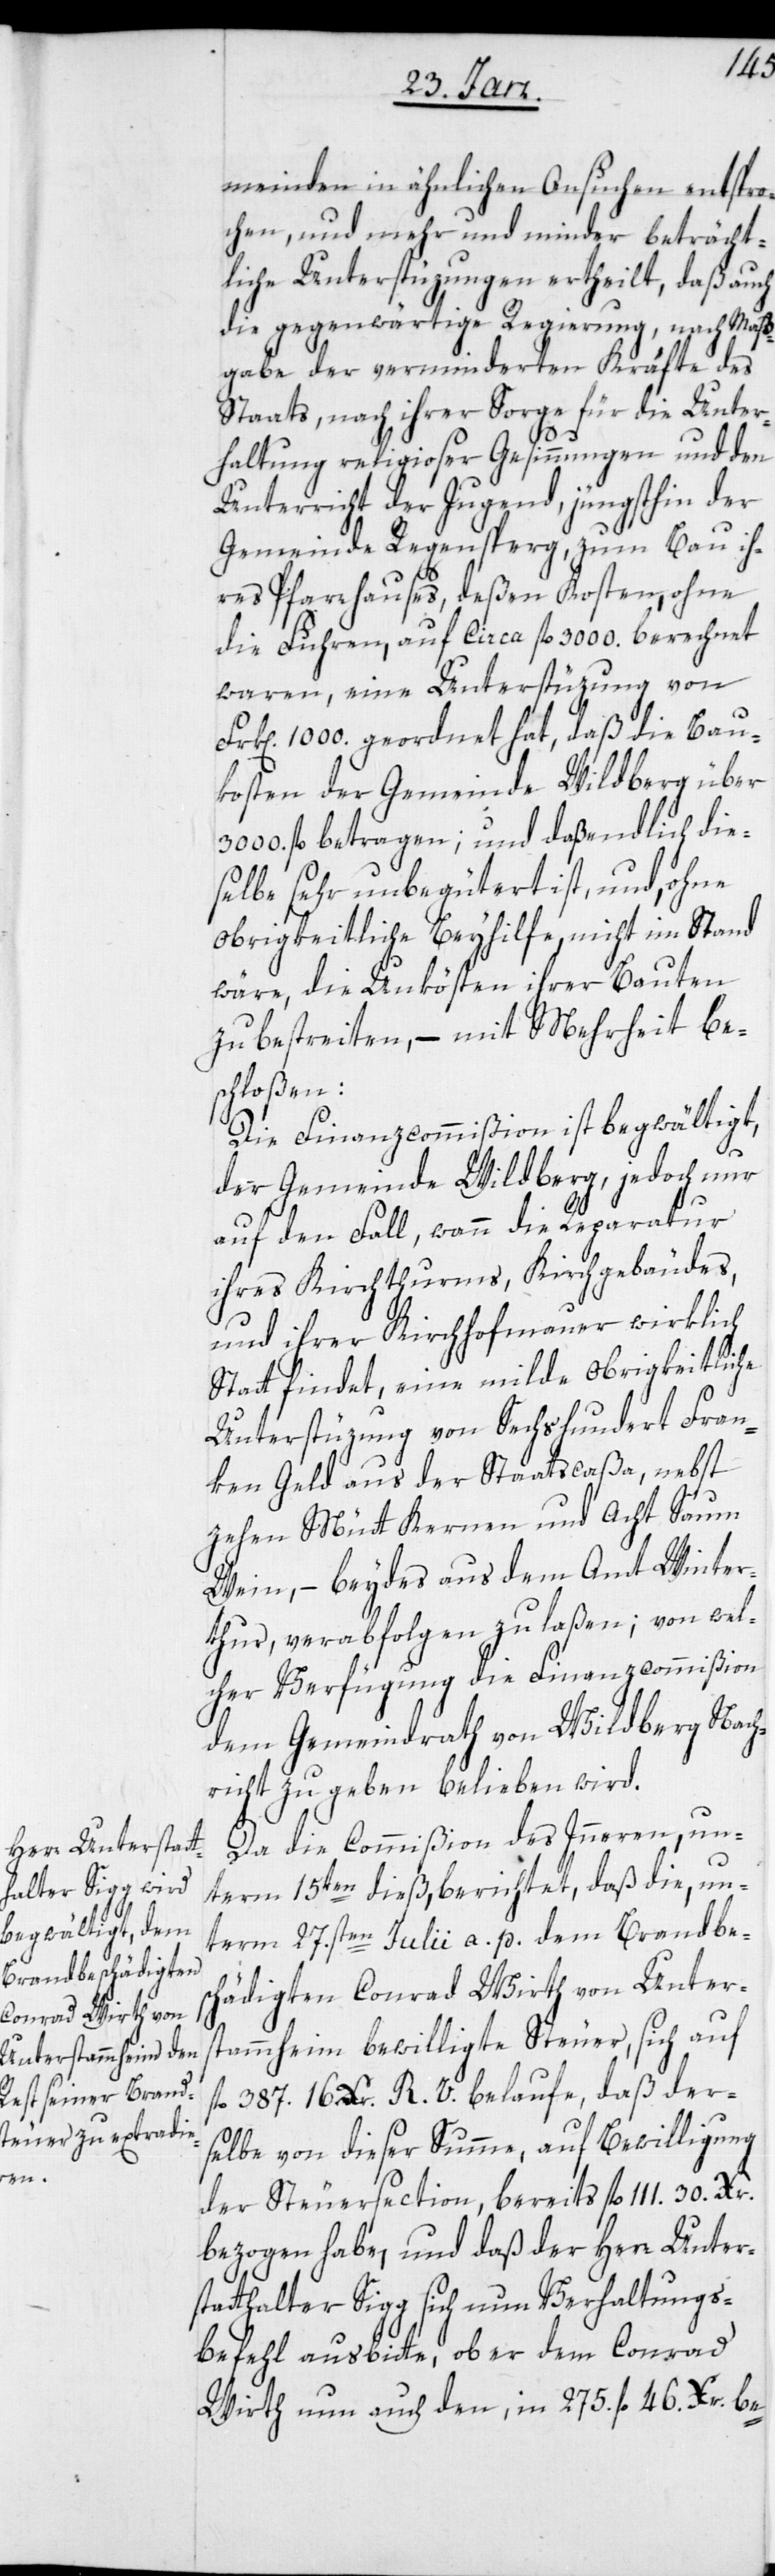
Fr¬
meinden in ähnlichen Ansuchen entspro¬
chen, und mehr und minder beträcht¬
liche Unterstüzung ertheilt, daß auch
die gegenwärtige Regierung, nach Maß¬
gabe der verminderten Kräfte des
Staats, nach ihrer Sorge für die Unter¬
haltung religioser Gesinnungen und den
Unterricht der Jugend, jüngsthin der
Gemeinde Regensperg, zum Bau ih¬
res Pfarrhauses, deßen Kosten, ohne
die Fuhren, auf circa fl 3000. berechnet
waren, eine Unterstüzung von
k[en]. 1000. geordnet hat, daß die Bau¬
kosten der Gemeinde Wildberg über
3000. fl betragen; und daß endlich die¬
selbe sehr unbegütert ist, und, ohne
obrigkeitliche Beyhilfe nicht im Stand
wäre, die Unkösten ihrer Bauten
zu bestreiten, – mit Mehrheit be¬
schloßen:
Die Finanzcommißion ist begwältigt,
der Gemeinde Wildberg, jedoch nur
auf den Fall, wann die Reparatur
ihres Kirchthurms, Kirchgebäudes,
und ihrer Kirchhofmauer wirklich
Statt findet, eine milde obrigkeitliche
Unterstüzung von Sechshundert Fran¬
ken Geld aus der Staatscaßa, nebst
zehen Mütt Kernen und Acht Saum
Wein, – beydes aus dem Amt Winter¬
thur, verabfolgen zu laßen; von wel¬
cher Verfügung die Finanzcommißion
dem Gemeindrath von Wildberg Nach¬
richt zu geben belieben wird.
Da die Commißion des Inneren, un¬
term 15ten dieß, berichtet, daß die, un¬
term 27.sten Julii a. p. dem Brandbe¬
schädigten Conrad Wirth von Unter¬
stammheim bewilligte Steuer, sich auf
fl 387. 16 Xr. R. V. belaufe, daß der¬
selbe von dieser Summe, auf Bewilligung
der Steuersection, bereits fl. 111 30. Xr.
bezogen habe, und daß der Herr Unter¬
statthalter Sigg sich um Verhaltungs¬
befehl ausbitte, ob er dem Conrad
Wirth nun auch den, in 275. fl 46. Xr. be-